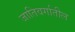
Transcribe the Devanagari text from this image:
जातिवर्गातील